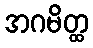
အဂမိတ္ထ